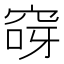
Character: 𮃽